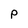
Character: P